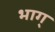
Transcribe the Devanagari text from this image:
भाग्